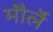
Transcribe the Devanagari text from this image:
मौर्ले